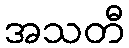
အသတီ